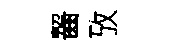
齧攷